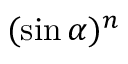
( \sin \alpha ) ^ { n }